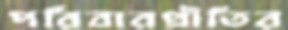
পরিবারপ্রীতির